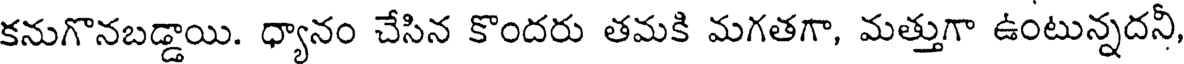
కనుగొనబడ్డాయి. ధ్యానం చేసిన కొందరు తమకి మగతగా, మత్తుగా ఉంటున్నదనీ,